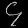
Digit: ၄